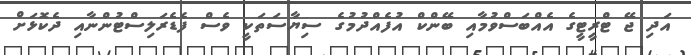
އަދި ޖޭ ޓްރީޓީގެ އެއްބަސްވުމާއި ބޭންކް އުފެއްދުމުގެ ސިޔާސަތަކީ ވެސް ފެޑެރަލިސްޓުންނާއި ދެކޮޅަށް